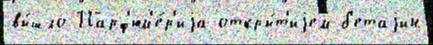
вы́шло Парф'юм'е́р'иjа откры́т'иjем б'етаjин